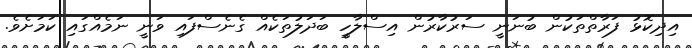
އިދިކޮޅު ފަރާތްތަކުން ބުނަނީ ސަރުކާރުން އިސްލާހީ ބަދަލުތަކެއް ގެނެސްފައި ވަނީ ނަމެއްގައި ކަމަށެވެ.